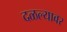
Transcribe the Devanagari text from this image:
दळल्यावर